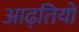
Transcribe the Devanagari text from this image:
आढ़तियों